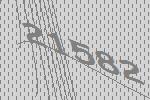
21582